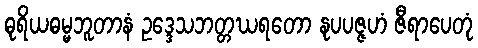
ဓုရိယဓမ္မဘူတာနံ ဥဒ္ဒေသဘတ္တဃရတော နုပပဇ္ဇဟံ ဇီရာပေတုံ